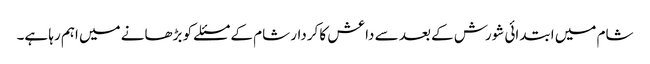
شام میں ابتدائی شورش کے بعد سے داعش کا کردار شام کے مسئلے کو بڑھانے میں اہم رہا ہے۔